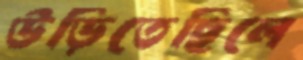
উড়িতেছিলে